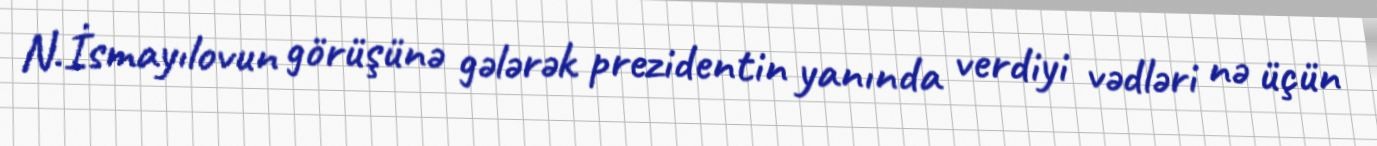
N.İsmayılovun görüşünə gələrək prezidentin yanında verdiyi vədləri nə üçün